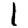
Digit: 1